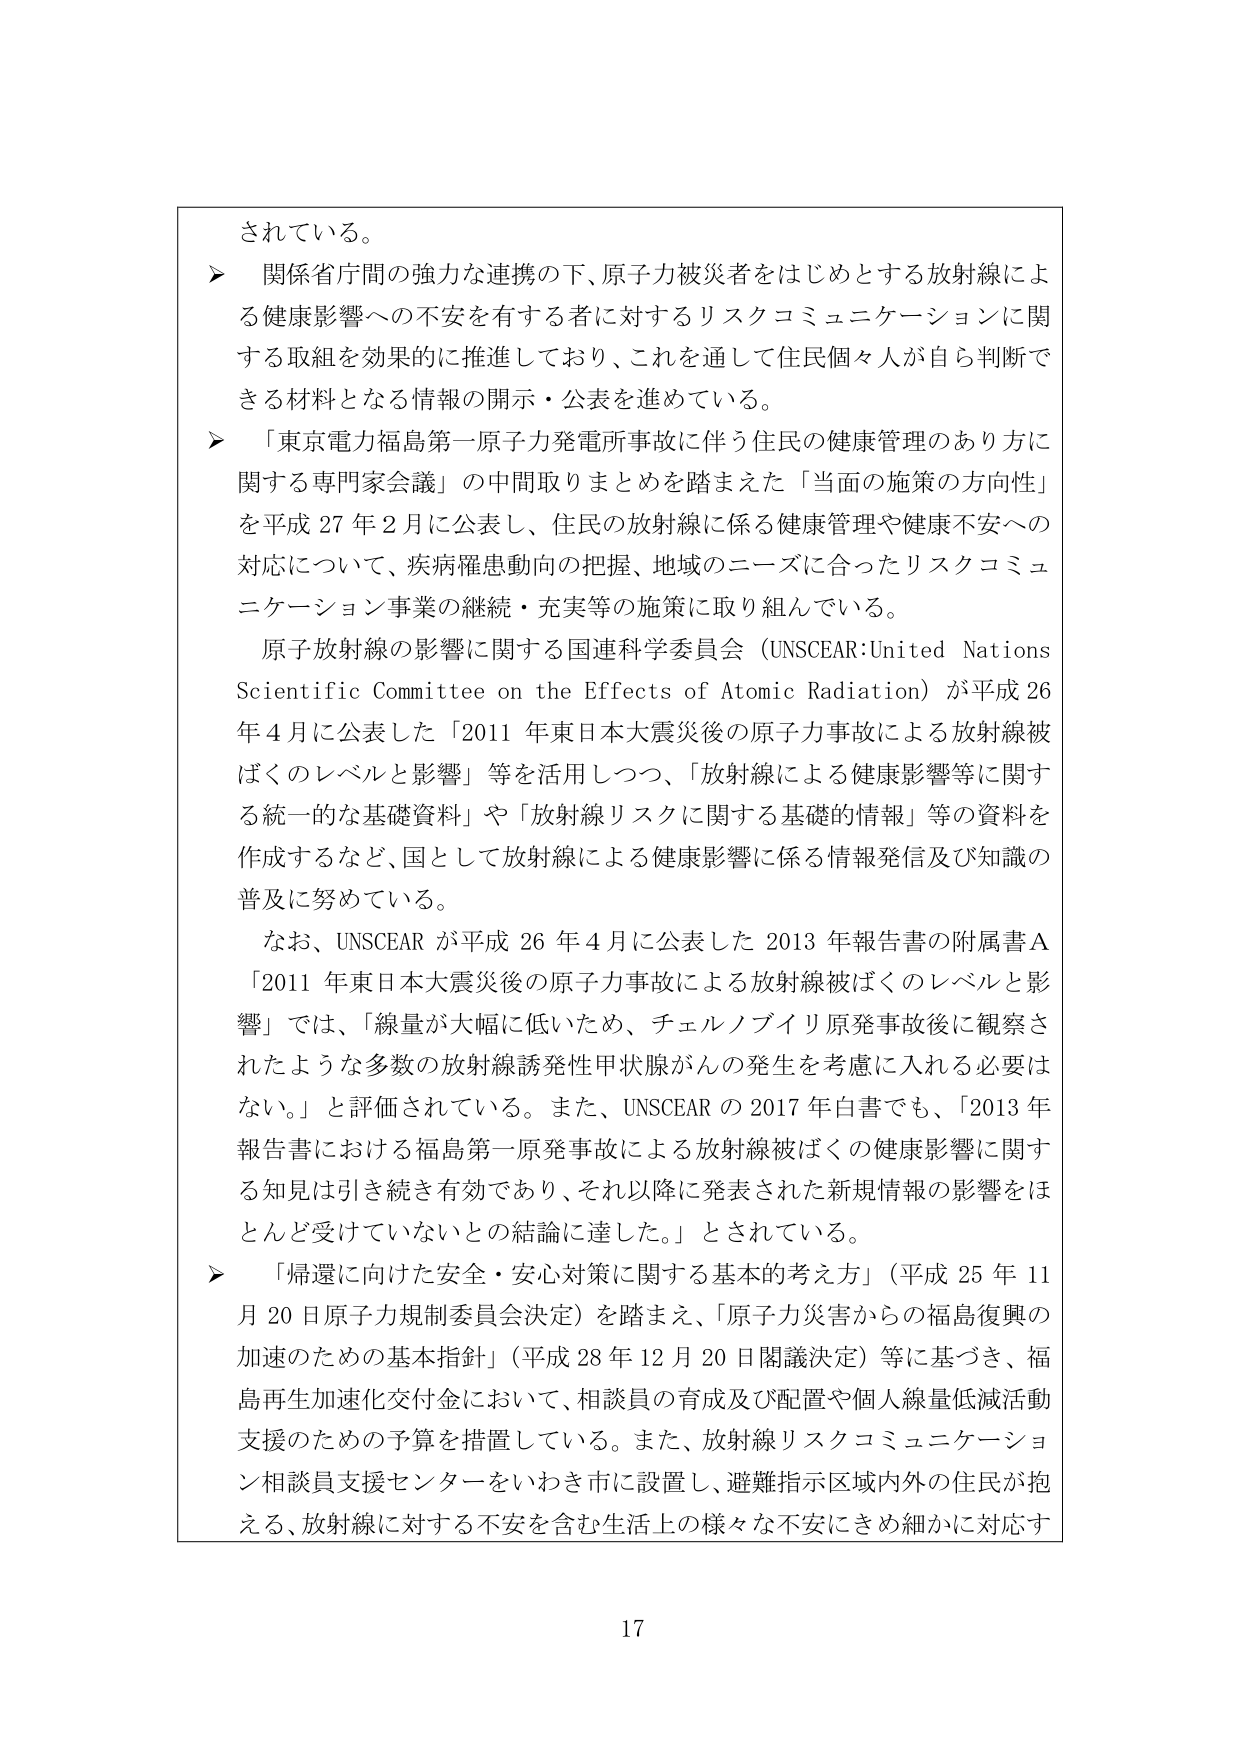
されている。

▶ 関係省庁間の強力な連携の下、原子力被災者をはじめとする放射線による健康影響への不安を有する者に対するリスクコミュニケーションに関する取組を効果的に推進しており、これを通して住民個々人が自ら判断できる材料となる情報の開示・公表を進めている。

▶ 「東京電力福島第一原子力発電所事故に伴う住民の健康管理のあり方に関する専門家会議」の中間取りまとめを踏まえた「当面の施策の方向性」を平成27年2月に公表し、住民の放射線に係る健康管理や健康不安への対応について、疾病罹患動向の把握、地域のニーズに合ったリスクコミュニケーション事業の継続・充実等の施策に取り組んでいる。

原子放射線の影響に関する国連科学委員会（UNSCEAR:United Nations Scientific Committee on the Effects of Atomic Radiation）が平成26年4月に公表した「2011年東日本大震災後の原子力事故による放射線被ばくのレベルと影響」等を活用しつつ、「放射線による健康影響等に関する統一的な基礎資料」や「放射線リスクに関する基礎的情報」等の資料を作成するなど、国として放射線による健康影響に係る情報発信及び知識の普及に努めている。

なお、UNSCEARが平成26年4月に公表した2013年報告書の附属書A「2011年東日本大震災後の原子力事故による放射線被ばくのレベルと影響」では、「線量が大幅に低いため、チェルノブイリ原発事故後に観察されたような多数の放射線誘発性甲状腺がんの発生を考慮に入れる必要はない。」と評価されている。また、UNSCEARの2017年白書でも、「2013年報告書における福島第一原発事故による放射線被ばくの健康影響に関する知見は引き続き有効であり、それ以降に発表された新規情報の影響をほとんど受けていないとの結論に達した。」とされている。

▶ 「帰還に向けた安全・安心対策に関する基本的考え方」（平成25年11月20日原子力規制委員会決定）を踏まえ、「原子力災害からの福島復興の加速のための基本指針」（平成28年12月20日閣議決定）等に基づき、福島再生加速化交付金において、相談員の育成及び配置や個人線量低減活動支援のための予算を措置している。また、放射線リスクコミュニケーション相談員支援センターをいわき市に設置し、避難指示区域内外の住民が抱える、放射線に対する不安を含む生活上の様々な不安にきめ細かに対応す

17